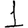
Digit: 1